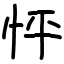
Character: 怦